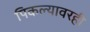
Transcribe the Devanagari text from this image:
पिकल्यावरही